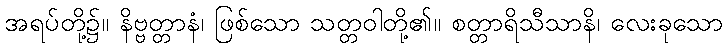
အရပ်တို့၌။ နိဗ္ဗတ္တာနံ၊ ဖြစ်သော သတ္တဝါတို့၏။ စတ္တာရိသီသာနိ၊ လေးခုသော